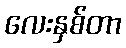
လေးနှစ်တာ